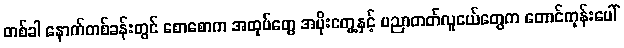
တစ်ခါ နောက်တစ်ခန်းတွင် စောစောက အထုပ်တွေ အပိုးတွေ့နှင့် ပညာတတ်လူငယ်တွေက တောင်ကုန်းပေါ်